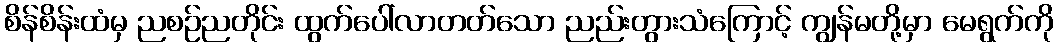
စိန်စိန်းထံမှ ညစဉ်ညတိုင်း ထွက်ပေါ်လာတတ်သော ညည်းတွားသံကြောင့် ကျွန်မတို့မှာ မေရွက်ကို